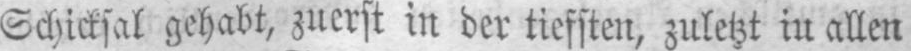
Schicksal gehabt, zuerst in der tiefsten, zuletzt in allen